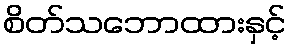
စိတ်သဘောထားနှင့်